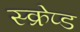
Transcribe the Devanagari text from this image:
स्क्रेप्ड